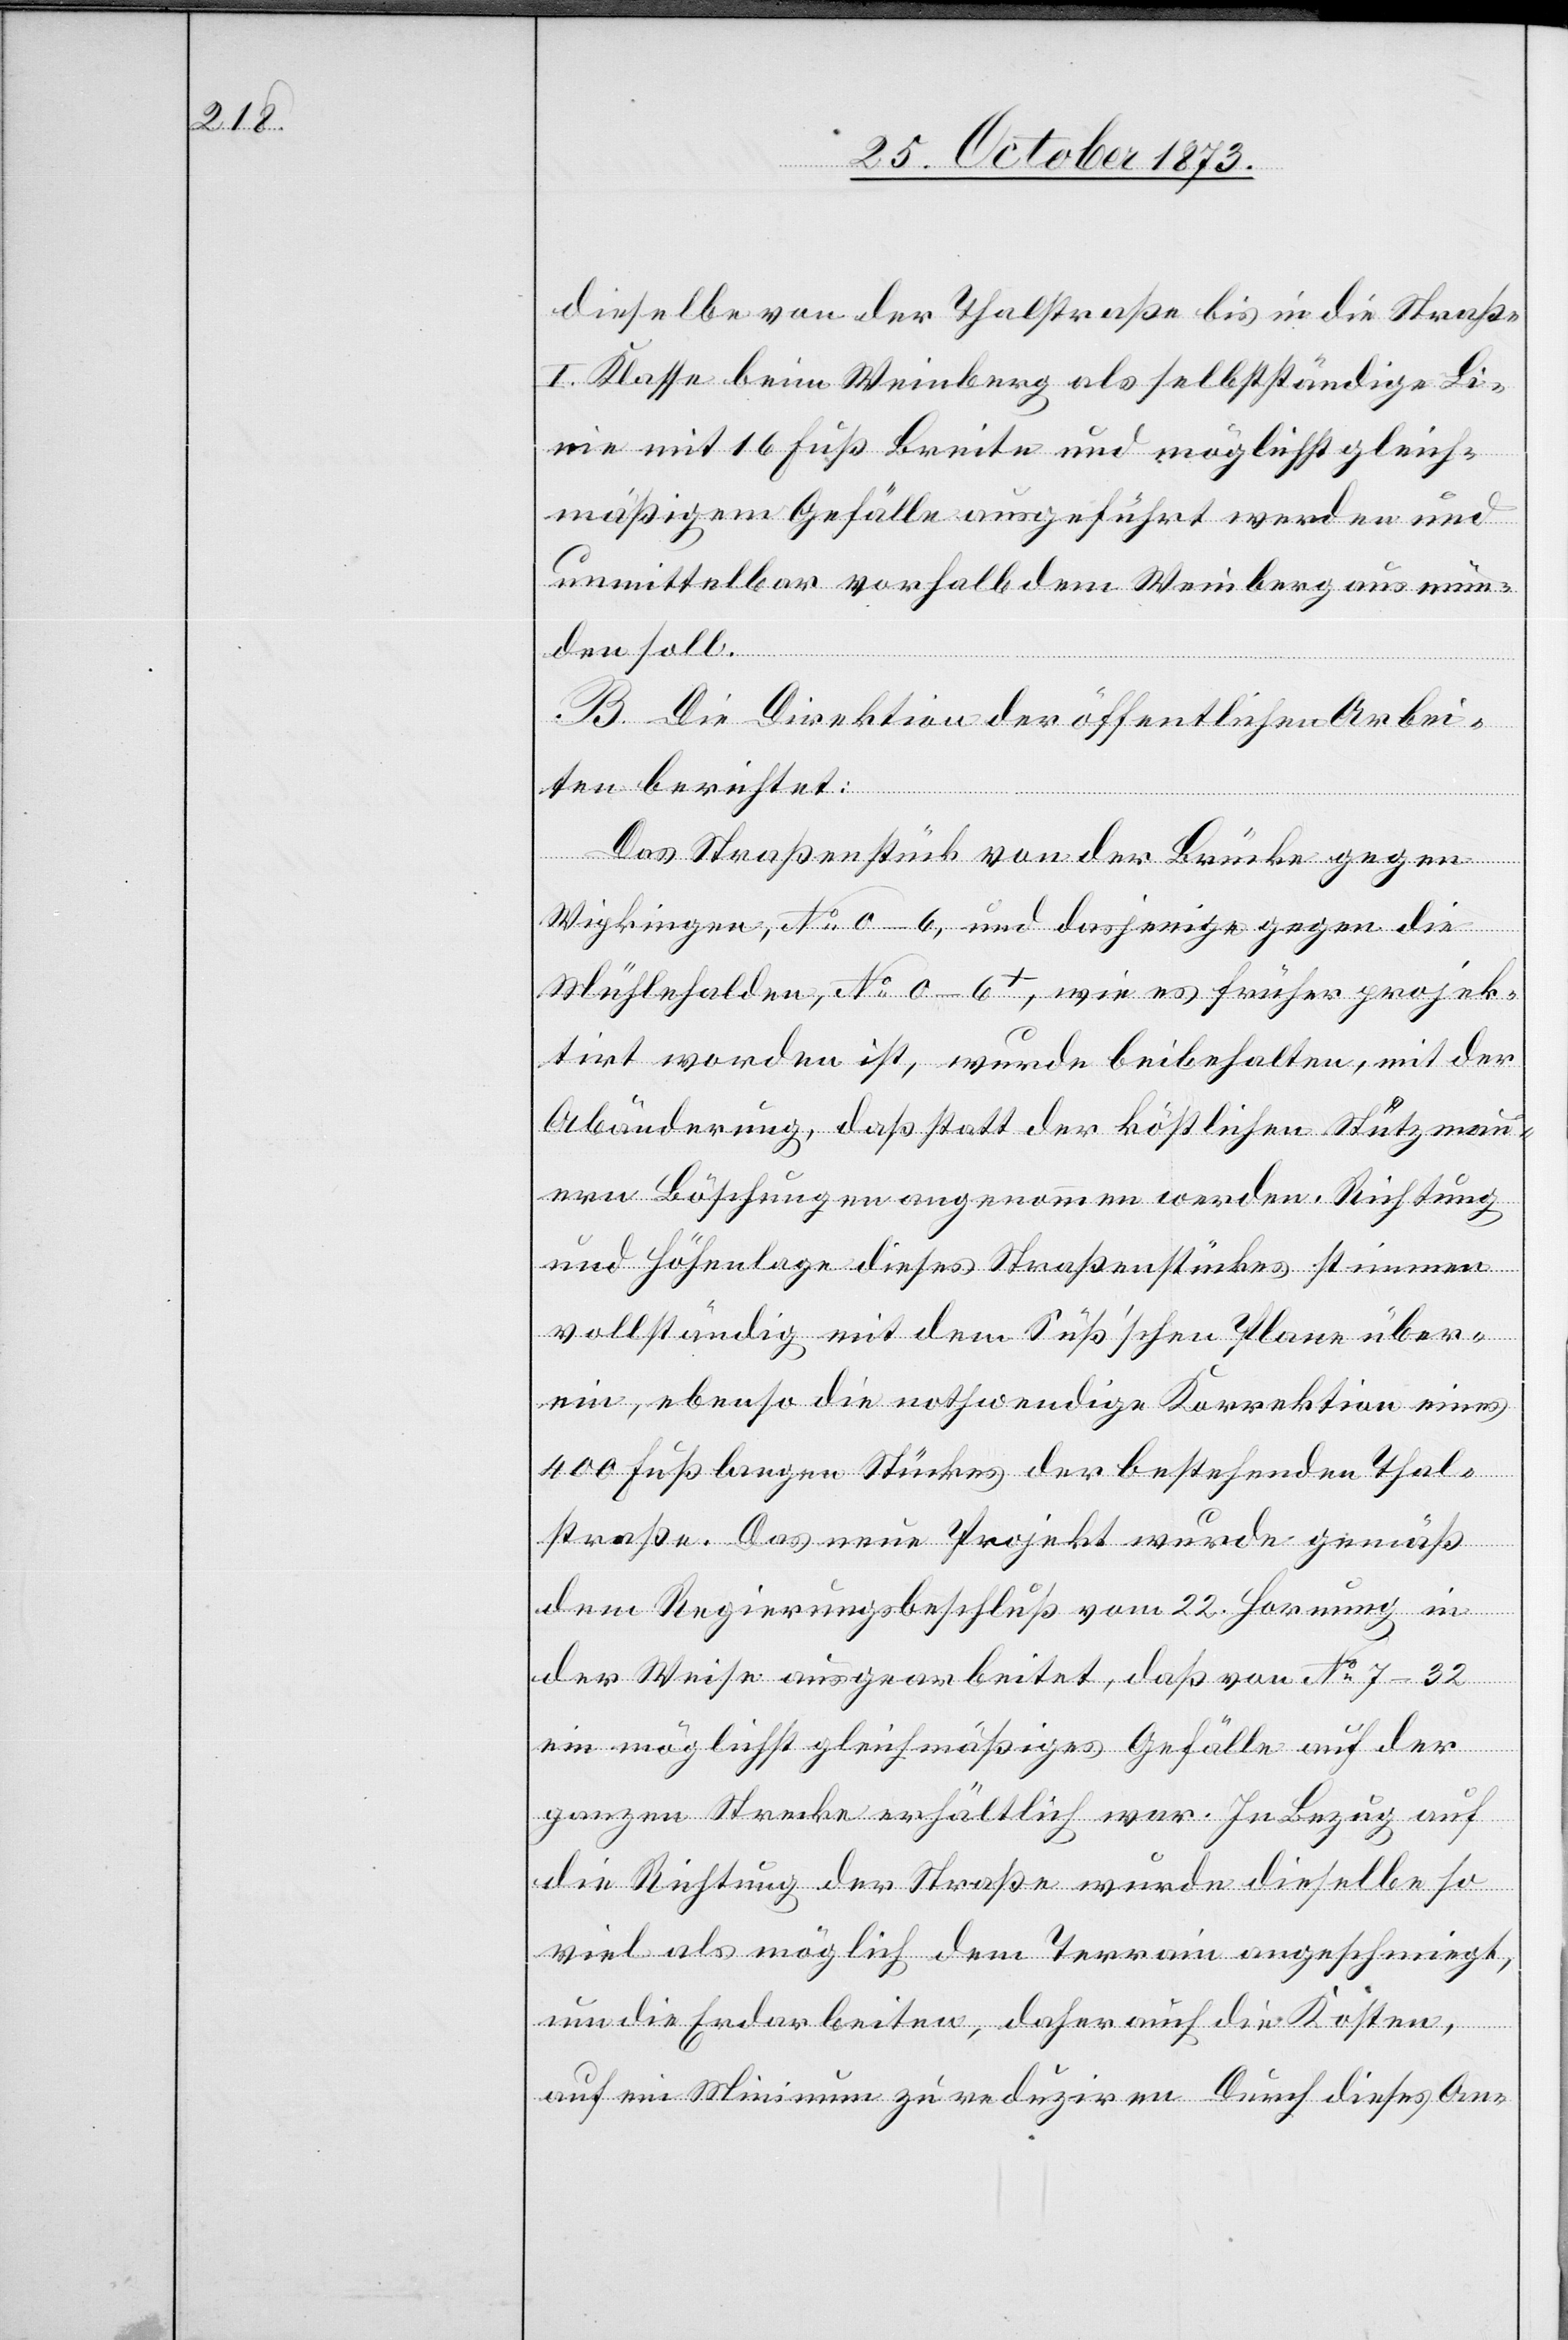
dieselbe von der Thalstraße bis in die Straße
I. Klasse beim Weinberg als selbstständige Li¬
nie mit 16 Fuß Breite und möglichst gleich¬
mäßigem Gefälle ausgeführt werden und
unmittelbar vorhalb dem Weinberg ausmün¬
den soll.
B. Die Direktion der öffentlichen Arbei¬
ten berichtet:
Das Straßenstück von der Brücke gegen
Wipkingen, No 0–6, und dasjenige gegen die
Mühlehalden, No 0–6+, wie es früher projek¬
tirt worden ist, wurde beibehalten, mit der
Abänderung, daß statt der köstlichen Stützmau¬
ern Böschungen angenommen werden. Richtung
und Höhenlage dieses Straßenstückes stimmen
vollständig mit dem Süß’schen Plane über¬
ein, ebenso die nothwendige Korrektion eines
400 Fuß langen Stückes der bestehenden Thal¬
straße. Das neue Projekt wurde gemäß
dem Regierungsbeschluß vom 22. Hornung in
der Weise ausgearbeitet, daß von No 7–32
ein möglichst gleichmäßiges Gefälle auf der
ganzen Strecke erhältlich war. In Bezug auf
die Richtung der Straße wurde dieselbe so
viel als möglich dem Terrain angeschmiegt,
um die Erdarbeiten, daher auch die Kosten,
auf ein Minimum zu reduziren. Durch dieses An-